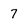
Character: 7